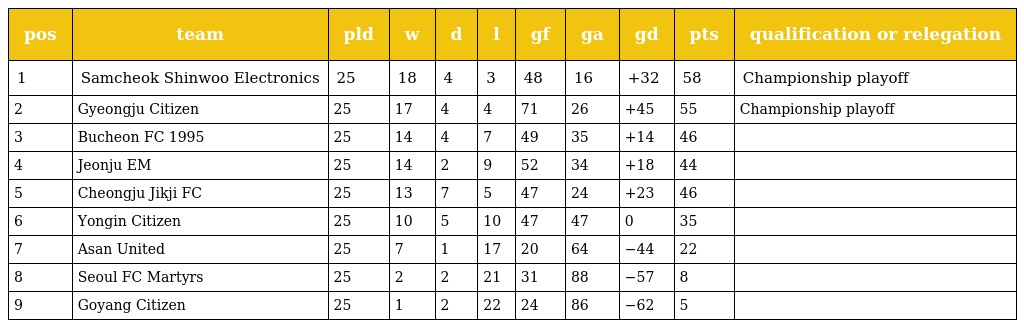
| pos | team | pld | w | d | l | gf | ga | gd | pts | qualification or relegation |
 | --- | --- | --- | --- | --- | --- | --- | --- | --- | --- | --- |
 | 1 | Samcheok Shinwoo Electronics | 25 | 18 | 4 | 3 | 48 | 16 | +32 | 58 | Championship playoff |
 | 2 | Gyeongju Citizen | 25 | 17 | 4 | 4 | 71 | 26 | +45 | 55 | Championship playoff |
 | 3 | Bucheon FC 1995 | 25 | 14 | 4 | 7 | 49 | 35 | +14 | 46 |  |
 | 4 | Jeonju EM | 25 | 14 | 2 | 9 | 52 | 34 | +18 | 44 |  |
 | 5 | Cheongju Jikji FC | 25 | 13 | 7 | 5 | 47 | 24 | +23 | 46 |  |
 | 6 | Yongin Citizen | 25 | 10 | 5 | 10 | 47 | 47 | 0 | 35 |  |
 | 7 | Asan United | 25 | 7 | 1 | 17 | 20 | 64 | −44 | 22 |  |
 | 8 | Seoul FC Martyrs | 25 | 2 | 2 | 21 | 31 | 88 | −57 | 8 |  |
 | 9 | Goyang Citizen | 25 | 1 | 2 | 22 | 24 | 86 | −62 | 5 |  |